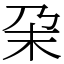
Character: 㭆